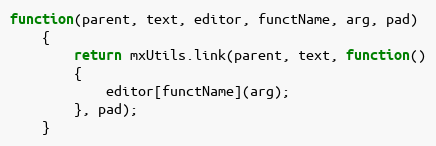
Language: JavaScript
function(parent, text, editor, functName, arg, pad)
	{
		return mxUtils.link(parent, text, function()
		{
			editor[functName](arg);
		}, pad);
	}